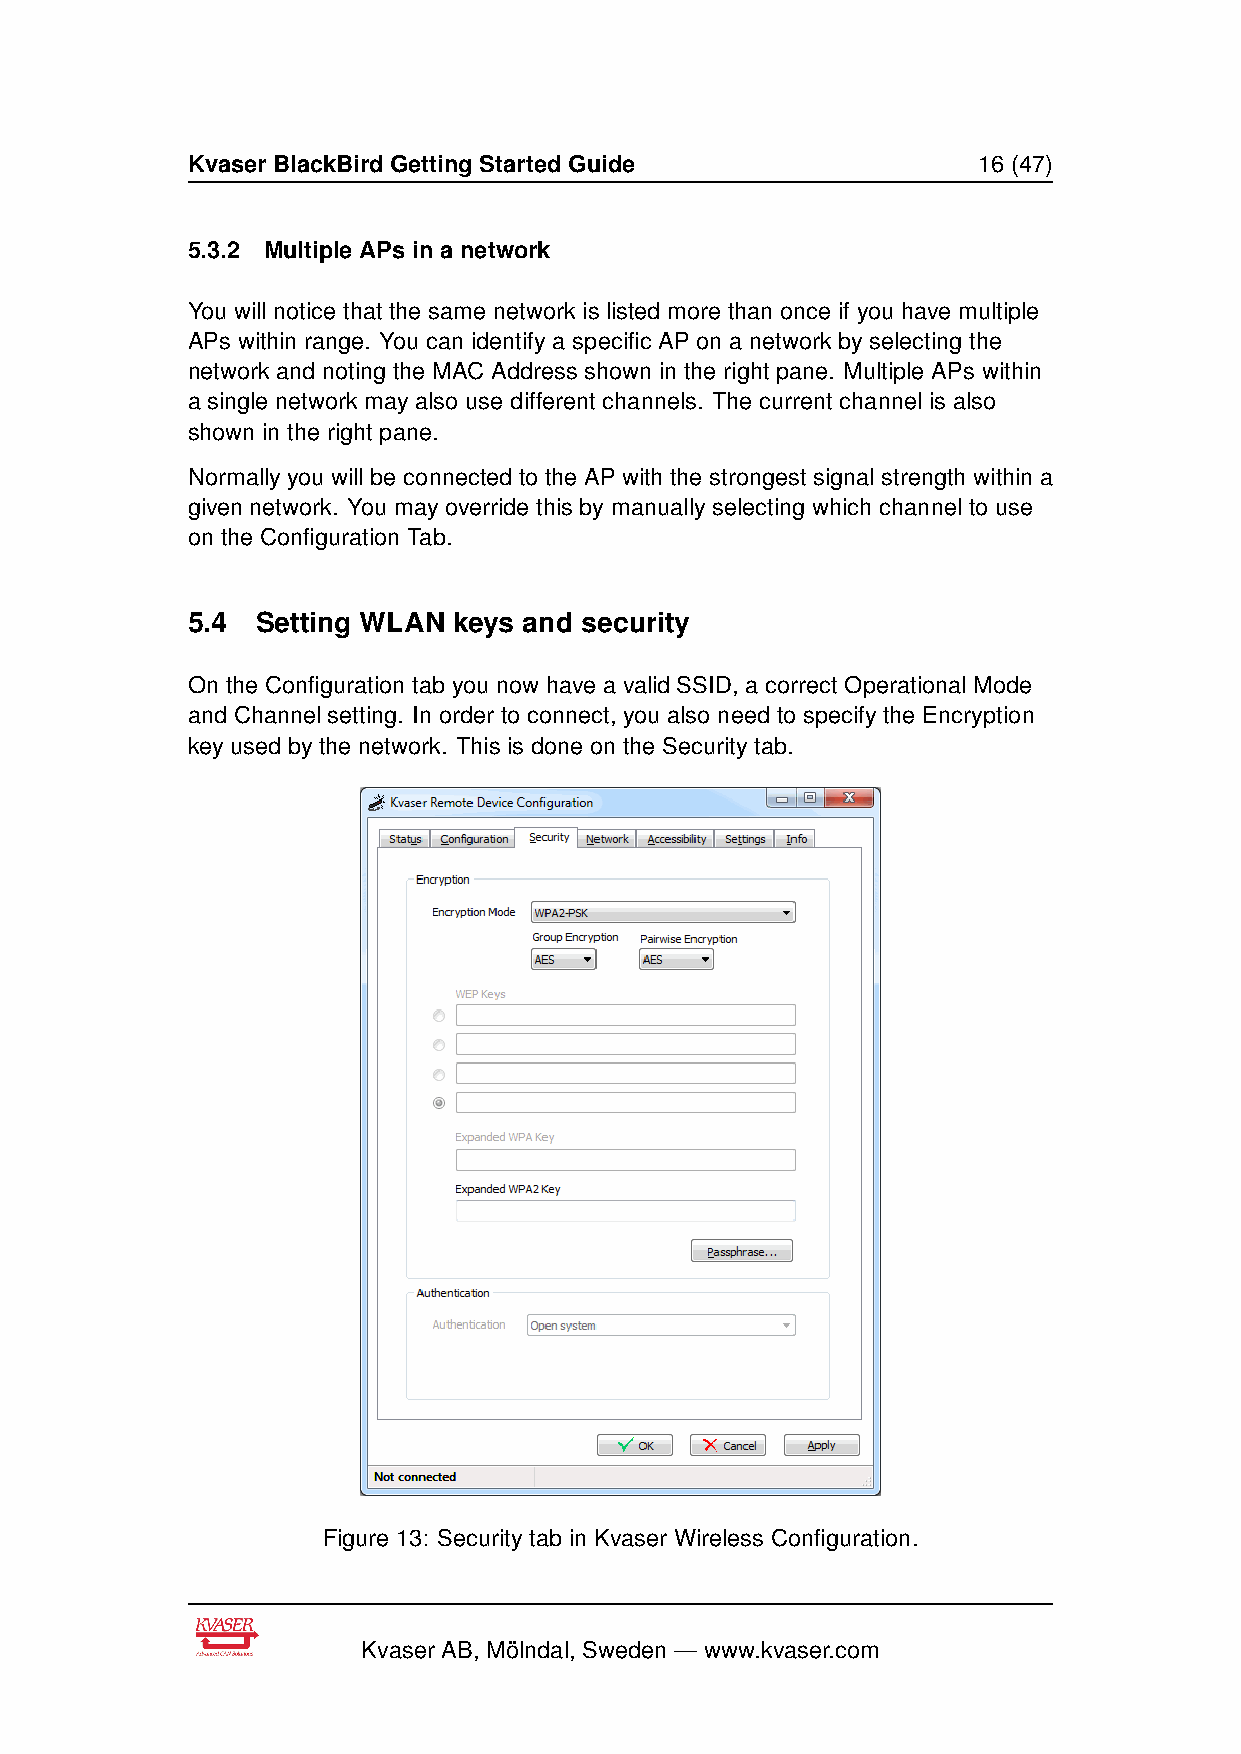
Kvaser BlackBird Getting Started Guide               16 (47)
 5.3.2 Multiple APs in a network
 You will notice that the same network is listed more than once if you have multiple
 APs within range. You can identify a specific AP on a network by selecting the
 network and noting the MAC Address shown in the right pane. Multiple APs within
 a single network may also use different channels. The current channel is also
 shown in the right pane.
 Normally you will be connected to the AP with the strongest signal strength within a
 given network. You may override this by manually selecting which channel to use
 on the Configuration Tab.
 5.4  Setting WLAN keys and security
 On the Configuration tab you now have a valid SSID, a correct Operational Mode
 and Channel setting. In order to connect, you also need to specify the Encryption
 key used by the network. This is done on the Security tab.
 Figure 13: Security tab in Kvaser Wireless Configuration.
 Kvaser AB, Mölndal, Sweden — www.kvaser.com